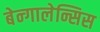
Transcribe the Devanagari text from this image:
बेन्गालेन्सिस